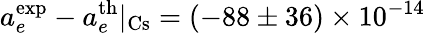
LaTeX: a_{e}^{\mathrm{exp}}-a_{e}^{\mathrm{th}}|_{\mathrm{Cs}}=(-88\pm 36)\times 10^{-14}